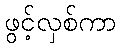
ဖွင့်လှစ်ကာ